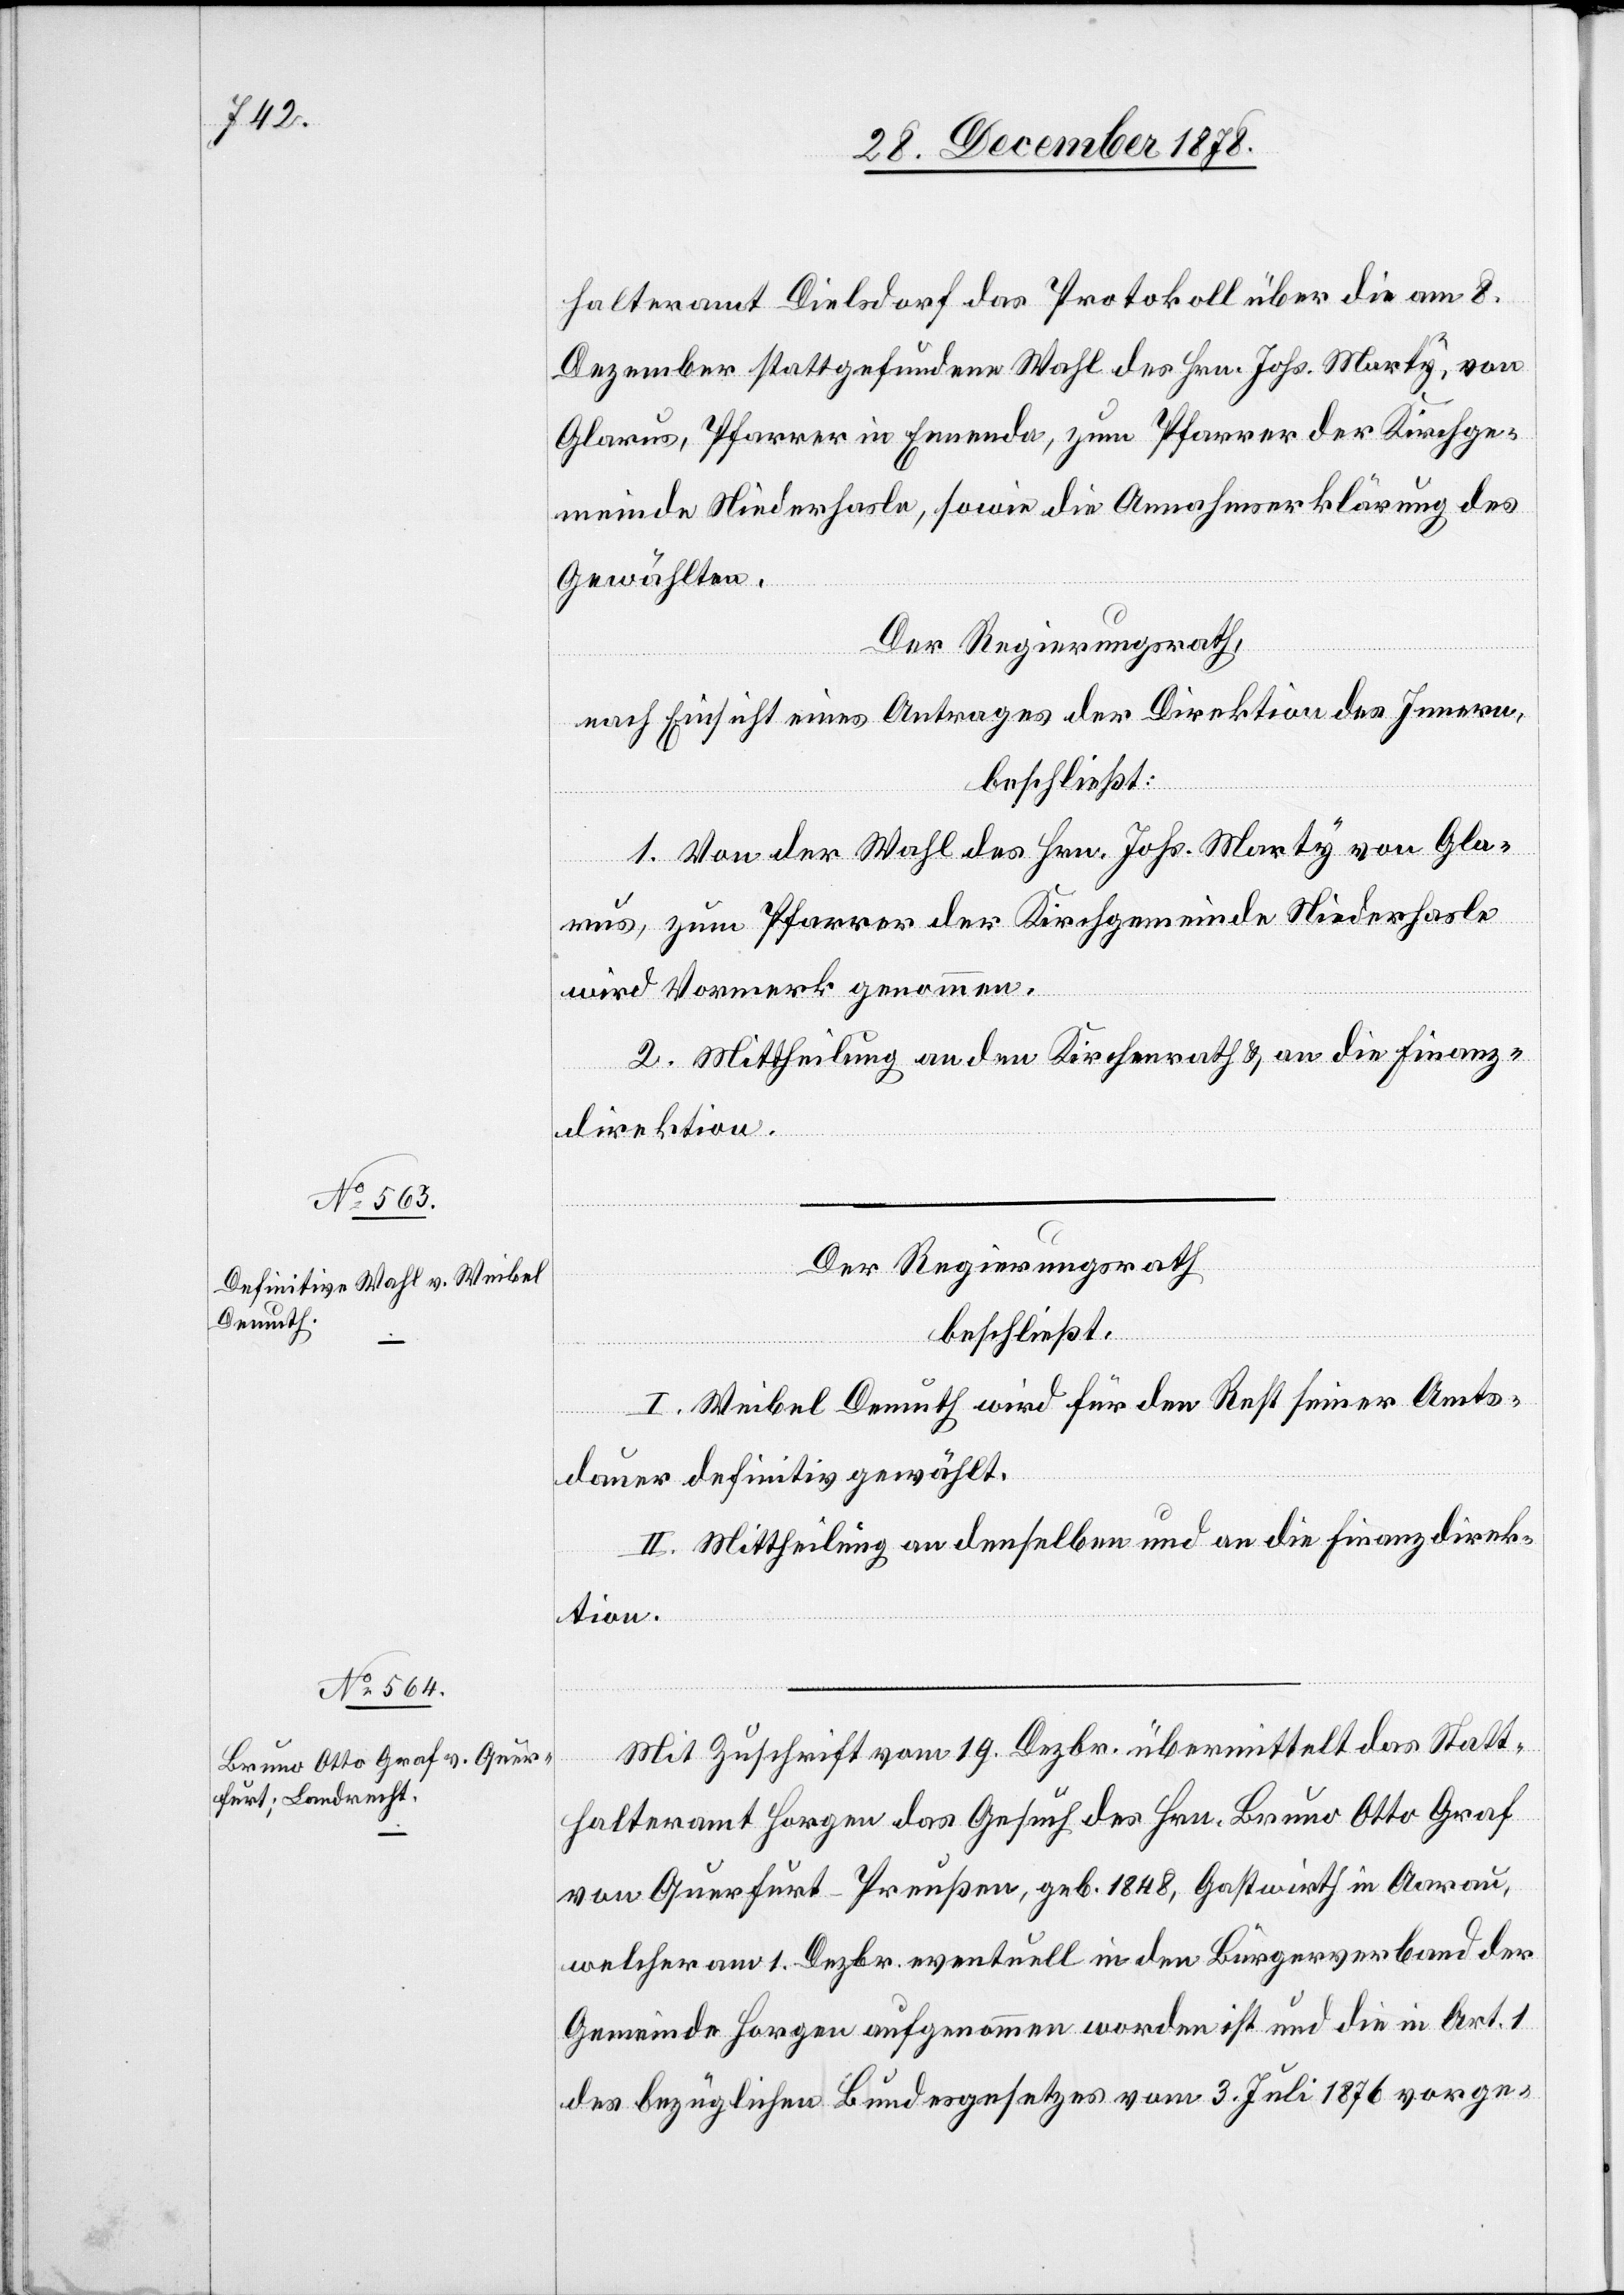
halteramt Dielsdorf das Protokoll über die am 8.
Dezember stattgefundene Wahl des Hrn. Johs. Marty, von
Glarus, Pfarrer in Ennenda, zum Pfarrer der Kirchge¬
meinde Niederhasle, sowie die Annahmserklärung des
Gewählten.
Der Regierungsrath,
nach Einsicht eines Antrages der Direktion des Innern,
beschließt:
1. Von der Wahl des Hrn. Johs. Marty von Gla¬
rus, zum Pfarrer der Kirchgemeinde Niederhasle
wird Vormerk genommen.
2. Mittheilung an den Kirchenrath & an die Finanz¬
direktion.
Der Regierungsrath
beschließt:
I. Weibel Demuth wird für den Rest seiner Amts¬
dauer definitiv gewählt.
II. Mittheilung an denselben und an die Finanzdirek¬
tion.
Mit Zuschrift vom 19. Dezbr. übermittelt das Statt¬
halteramt Horgen das Gesuch des Hrn. Bruno Otto Graf
von Querfurt - Preußen, geb. 1848, Gastwirth in Aarau,
welcher am 1. Dezbr. eventuell in den Bürgerverband der
Gemeinde Horgen aufgenommen worden ist und die in Art. 1
des bezüglichen Bundesgesetzes vom 3. Juli 1876 vorge-